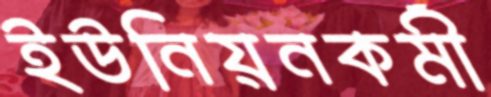
ইউনিয়নকর্মী